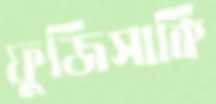
ফুজিসাকি